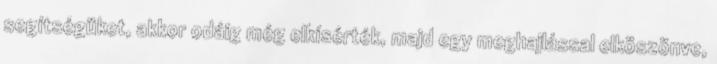
segítségüket, akkor odáig még elkísérték, majd egy meghajlással elköszönve,